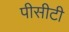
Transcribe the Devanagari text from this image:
पीसीटी